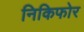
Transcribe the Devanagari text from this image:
निकिफोर